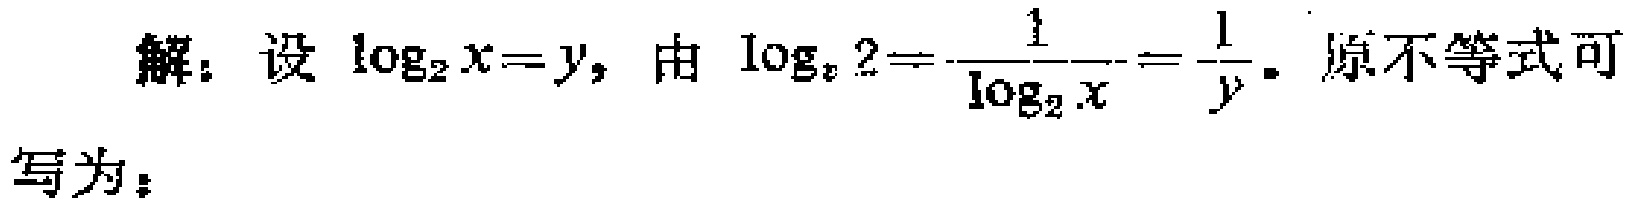
解：设\(\log_{2}x = y\)，由\(\log_{x}2=\frac{1}{\log_{2}x}=\frac{1}{y}\)。原不等式可写为：